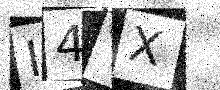
Text: I4TX